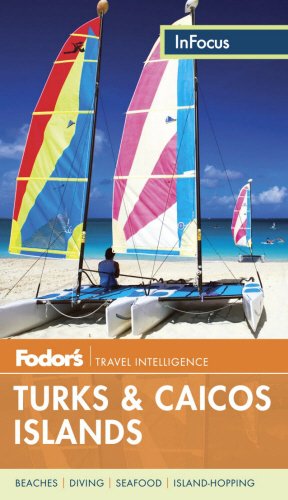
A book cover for Fodor's In Focus Turks & Caicos Islands (Travel Guide); Fodor's; Travel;